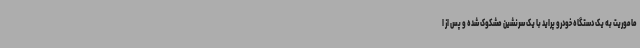
ماموریت به یک دستگاه خودرو پراید با یک سرنشین مشکوک شده و پس از ا